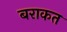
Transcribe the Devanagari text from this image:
बराकत